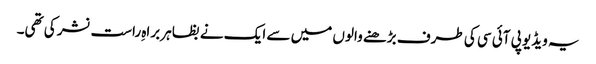
یہ ویڈیو پی آئی سی کی طرف بڑھنے والوں میں سے ایک نے بظاہر براہِ راست نشر کی تھی۔